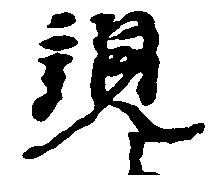
親